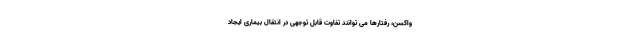
واکسن، رفتارها می توانند تفاوت قابل توجهی در انتقال بیماری ایجاد